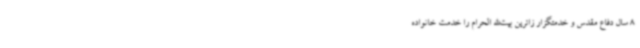
8 سال دفاع مقدس و خدمتگزار زائرین بیت‌الله الحرام را خدمت خانواده